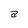
Character: a